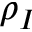
\rho _ { I }